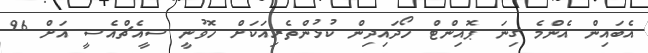
އެބައިން އެންމެ ގިނަ ޕޮއިންޓް ހޯދައިދިން ކުޅުންތެރިއަކަށް ހޮވުނީ ސީއެޗްއެސީ އަށް 96